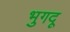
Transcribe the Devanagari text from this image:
भुगदू